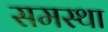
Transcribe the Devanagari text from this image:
समस्था